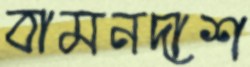
বামনদাশ